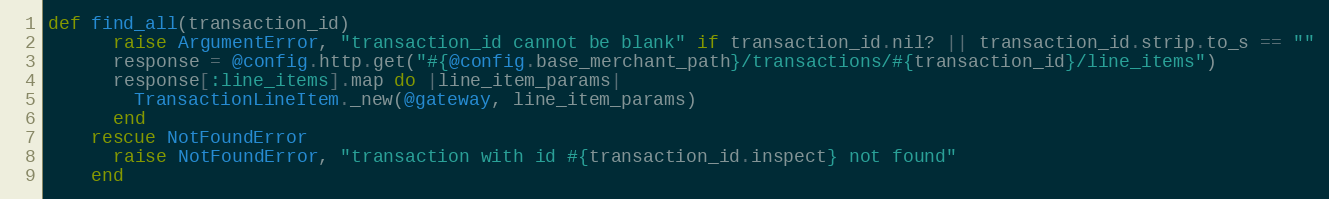
Language: Ruby
def find_all(transaction_id)
      raise ArgumentError, "transaction_id cannot be blank" if transaction_id.nil? || transaction_id.strip.to_s == ""
      response = @config.http.get("#{@config.base_merchant_path}/transactions/#{transaction_id}/line_items")
      response[:line_items].map do |line_item_params|
        TransactionLineItem._new(@gateway, line_item_params)
      end
    rescue NotFoundError
      raise NotFoundError, "transaction with id #{transaction_id.inspect} not found"
    end